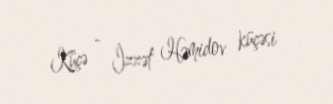
Küçə - İzzət Həmidov küçəsi